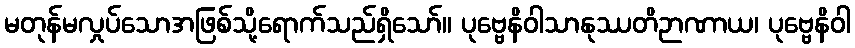
မတုန်မလှုပ်သောအဖြစ်သို့ရောက်သည်ရှိသော်။ ပုဗ္ဗေနိဝါသာနုဿတိဉာဏာယ၊ ပုဗ္ဗေနိဝါ